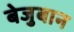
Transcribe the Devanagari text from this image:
बेजुबान